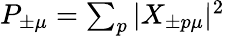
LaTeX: \begin{array}{r}{P_{\pm\mu}=\sum_{p}|X_{\pm p\mu}|^{2}}\end{array}